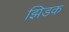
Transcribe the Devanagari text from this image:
झिडक